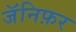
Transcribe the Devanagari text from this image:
जॅनिफ़र